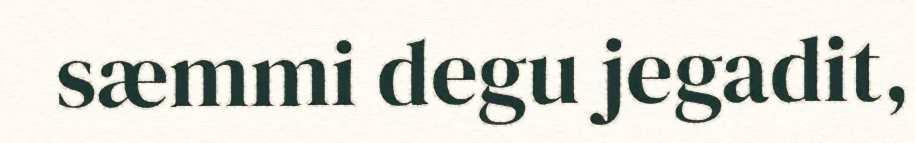
sæmmi degu jegadit,